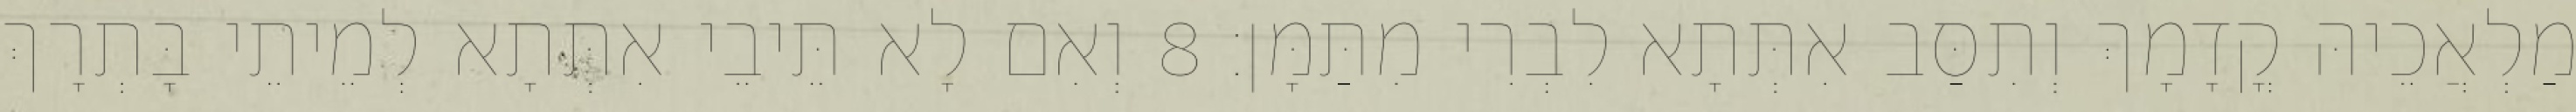
מַלְאֲכֵיהּ קֳדָמָךְ וְתִסַּב אִתְּתָא לִבְרִי מִתַּמָּן׃ 8 וְאִם לָא תֵּיבֵי אִתְּתָא לְמֵיתֵי בָּתְרָךְ